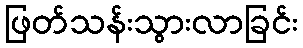
ဖြတ်သန်းသွားလာခြင်း